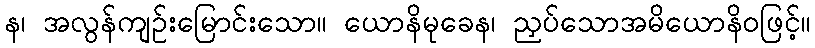
န၊ အလွန်ကျဉ်းမြောင်းသော။ ယောနိမုခေန၊ ညှပ်သောအမိယောနိဝဖြင့်။